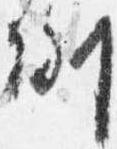
例